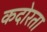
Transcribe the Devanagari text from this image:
कदोरता